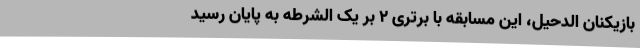
بازیکنان الدحیل، این مسابقه با برتری ۲ بر یک الشرطه به پایان رسید